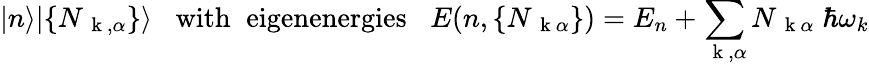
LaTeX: |n\rangle|\{ N_{\mathrm{~\mathbf~k~},\alpha}\} \rangle\; \; \; \mathrm{with\; \; eigenenergies}\; \; \; E(n,\{ N_{\mathrm{~\mathbf~k~}\alpha}\} )=E_{n}+\sum_{\mathrm{~\mathbf~k~},\alpha}N_{\mathrm{~\mathbf~k~}\alpha}\; \hbar\omega_{k}